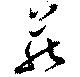
蔵